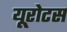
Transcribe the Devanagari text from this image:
यूरोटस